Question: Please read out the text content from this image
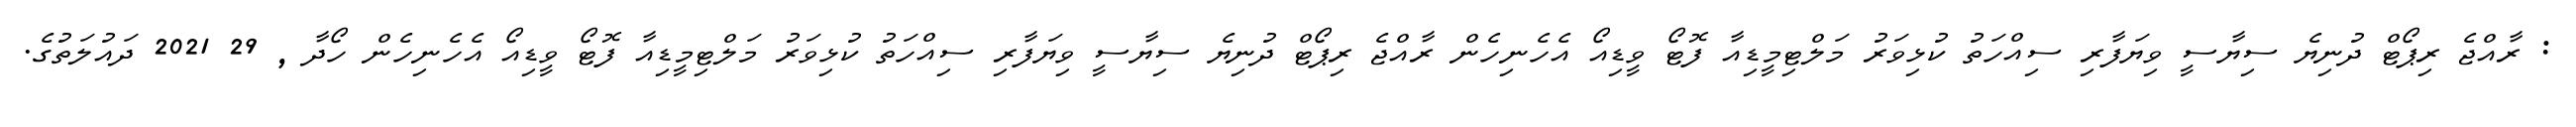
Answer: : ރާއްޖެ ރިޕޯޓް ދުނިޔެ ސިޔާސީ ވިޔަފާރި ސިއްހަތު ކުޅިވަރު މަލްޓިމީޑިއާ ފޮޓޯ ވީޑިއޯ އެހެނިހެން ރާއްޖެ ރިޕޯޓް ދުނިޔެ ސިޔާސީ ވިޔަފާރި ސިއްހަތު ކުޅިވަރު މަލްޓިމީޑިއާ ފޮޓޯ ވީޑިއޯ އެހެނިހެން ހޯދާ , 29 2021 ދައުލަތުގެ.